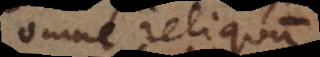
omne reliquum